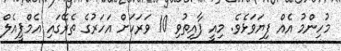
މުހިންމު އެއް ފިޔަވަޅެވެ. މިއީ ފާއިތުވި 10 ވަރަކަށް އަހަރުގެ ތެރޭގައި އެމްޕީއެލް